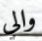
والي